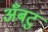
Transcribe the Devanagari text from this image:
अँबटु